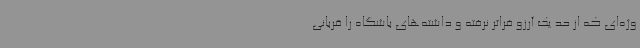
وژه‌ای که از حد یک آرزو فراتر نرفته و داشته‌های باشگاه را قربانی